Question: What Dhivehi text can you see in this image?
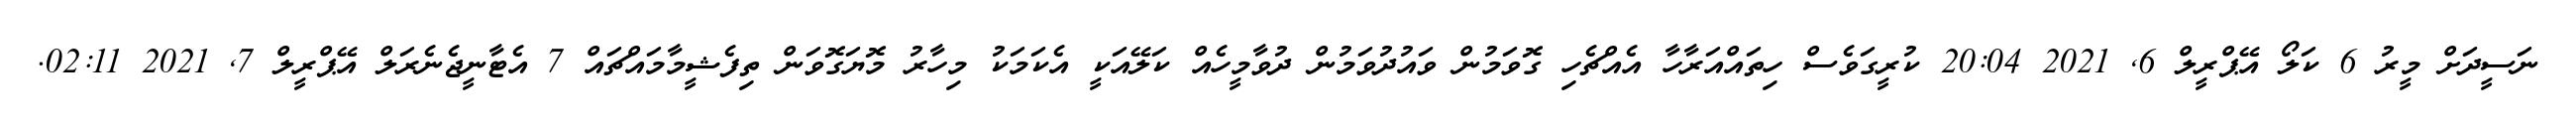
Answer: ނަސީދަށް މީރު 6 ކަލޯ އޭޕްރީލް 6, 2021 20:04 ކުރީގަވެސް ހިތައްއަރާހާ އެއްޗެހި ގޮވަމުން ވައުދުވަމުން ދުވާމީހެއް ކަލޭއަކީ އެކަމަކު މިހާރު މޮޔަގޮވަން ތިފެޝީމާމައްޗައް 7 އެޓާނީޖެނެރަލް އޭޕްރީލް 7, 2021 02:11.